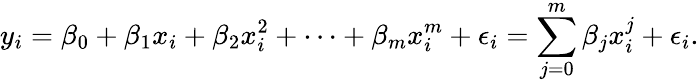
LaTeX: y_{i}=\beta_{0}+\beta_{1}x_{i}+\beta_{2}x_{i}^{2}+\cdots+\beta_{m}x_{i}^{m}+\epsilon_{i}=\sum_{j=0}^{m}\beta_{j}x_{i}^{j}+\epsilon_{i}.